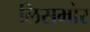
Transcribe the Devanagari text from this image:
लिसमोर